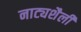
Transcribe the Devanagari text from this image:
नाट्यशैली